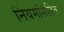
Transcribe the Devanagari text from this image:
नियमांसहित